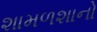
શામળશાનો